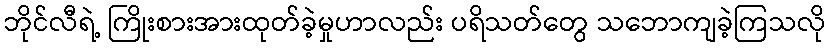
ဘိုင်လီရဲ့ ကြိုးစားအားထုတ်ခဲ့မှုဟာလည်း ပရိသတ်တွေ သဘောကျခဲ့ကြသလို